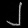
Digit: ၂